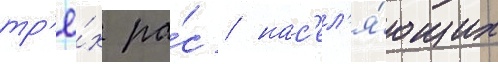
тр'ё́х ра́с / нас'ел'я́ющих